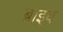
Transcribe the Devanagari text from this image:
ब्राइब